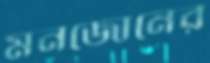
মনজোনের